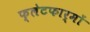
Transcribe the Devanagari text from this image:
फ्लेटफार्मों